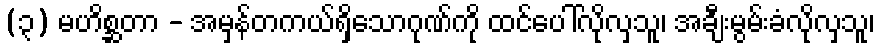
(၃) မဟိစ္ဆတာ - အမှန်တကယ်ရှိသောဂုဏ်ကို ထင်ပေါ်လိုလှသူ၊ အချီးမွမ်းခံလိုလှသူ၊